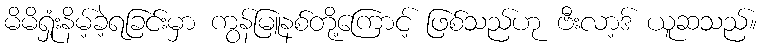
မိမိရှုံးနိမ့်ခဲ့ရခြင်းမှာ ကွန်မြူနစ်တို့ကြောင့် ဖြစ်သည်ဟု ဗီးလာ့ဒ် ယူဆသည်။